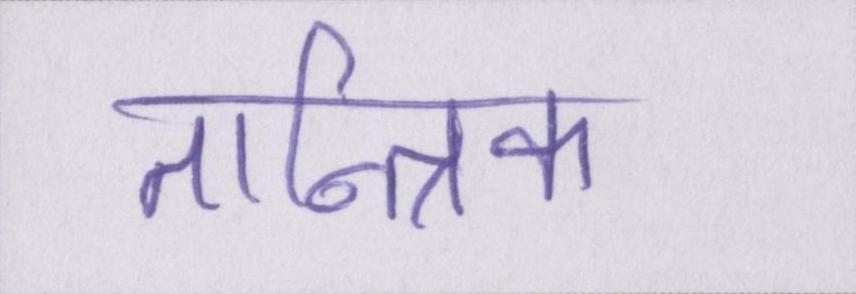
तान्त्रिक